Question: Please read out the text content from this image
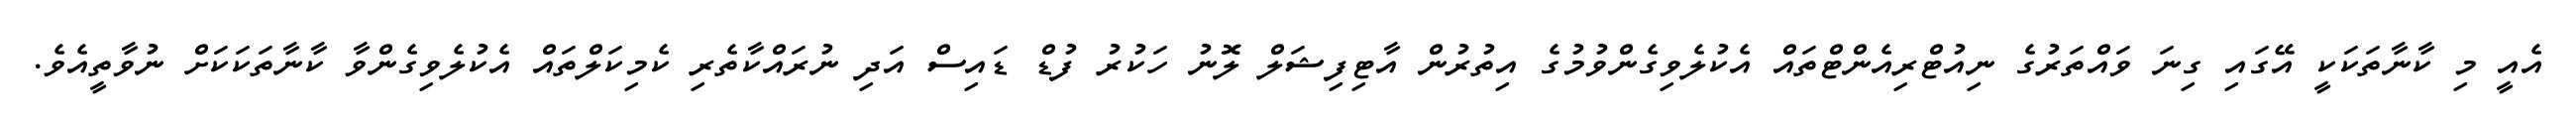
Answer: އެއީ މި ކާނާތަކަކީ އޭގައި ގިނަ ވައްތަރުގެ ނިއުޓްރިއެންޓްތައް އެކުލެވިގެންވުމުގެ އިތުރުން އާޓިފިޝަލް ލޮނު ހަކުރު ފުޑް ޑައިސް އަދި ނުރައްކާތެރި ކެމިކަލްތައް އެކުލެވިގެންވާ ކާނާތަކަކަށް ނުވާތީއެވެ.